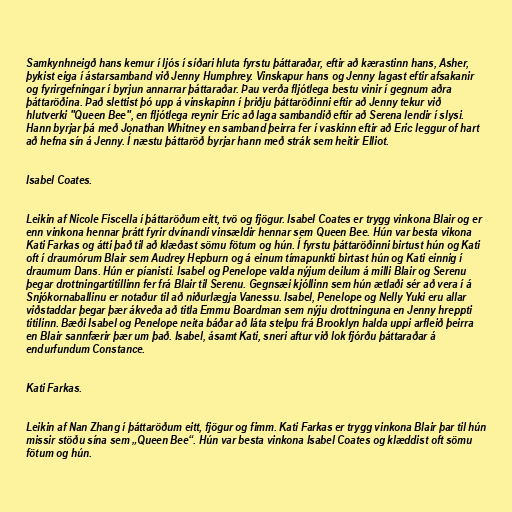
Samkynhneigð hans kemur í ljós í síðari hluta fyrstu þáttaraðar, eftir að kærastinn hans, Asher,
þykist eiga í ástarsamband við Jenny Humphrey. Vinskapur hans og Jenny lagast eftir afsakanir
og fyrirgefningar í byrjun annarrar þáttaraðar. Þau verða fljótlega bestu vinir í gegnum aðra
þáttaröðina. Það slettist þó upp á vinskapinn í þriðju þáttaröðinni eftir að Jenny tekur við
hlutverki "Queen Bee", en fljótlega reynir Eric að laga sambandið eftir að Serena lendir í slysi.
Hann byrjar þá með Jonathan Whitney en samband þeirra fer í vaskinn eftir að Eric leggur of hart
að hefna sín á Jenny. Í næstu þáttaröð byrjar hann með strák sem heitir Elliot.

Isabel Coates.

Leikin af Nicole Fiscella í þáttaröðum eitt, tvö og fjögur. Isabel Coates er trygg vinkona Blair og er
enn vinkona hennar þrátt fyrir dvínandi vinsældir hennar sem Queen Bee. Hún var besta vikona
Kati Farkas og átti það til að klæðast sömu fötum og hún. Í fyrstu þáttaröðinni birtust hún og Kati
oft í draumórum Blair sem Audrey Hepburn og á einum tímapunkti birtast hún og Kati einnig í
draumum Dans. Hún er píanisti. Isabel og Penelope valda nýjum deilum á milli Blair og Serenu
þegar drottningartitillinn fer frá Blair til Serenu. Gegnsæi kjóllinn sem hún ætlaði sér að vera í á
Snjókornaballinu er notaður til að niðurlægja Vanessu. Isabel, Penelope og Nelly Yuki eru allar
viðstaddar þegar þær ákveða að titla Emmu Boardman sem nýju drottninguna en Jenny hreppti
titilinn. Bæði Isabel og Penelope neita báðar að láta stelpu frá Brooklyn halda uppi arfleið þeirra
en Blair sannfærir þær um það. Isabel, ásamt Kati, sneri aftur við lok fjórðu þáttaraðar á
endurfundum Constance.

Kati Farkas.

Leikin af Nan Zhang í þáttaröðum eitt, fjögur og fimm. Kati Farkas er trygg vinkona Blair þar til hún
missir stöðu sína sem „Queen Bee“. Hún var besta vinkona Isabel Coates og klæddist oft sömu
fötum og hún.